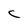
Character: C